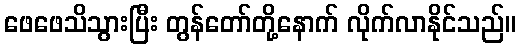
ဖေဖေသိသွားပြီး တွန်တော်တို့နောက် လိုက်လာနိုင်သည်။